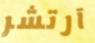
آرتشر